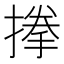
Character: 搼